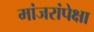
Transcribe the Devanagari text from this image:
मांजरांपेक्षा